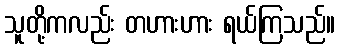
သူတို့ကလည်း တဟားဟား ရယ်ကြသည်။